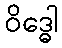
ဝိဒ္ဓေါ